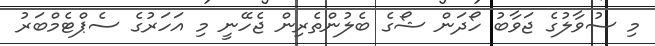
މި ސުވާލުގެ ޖަވާބު ހޯދަން ޝޯގެ ބެލުންތެރިން ޖެހޭނީ މި އަހަރުގެ ސެޕްޓެމްބަރު